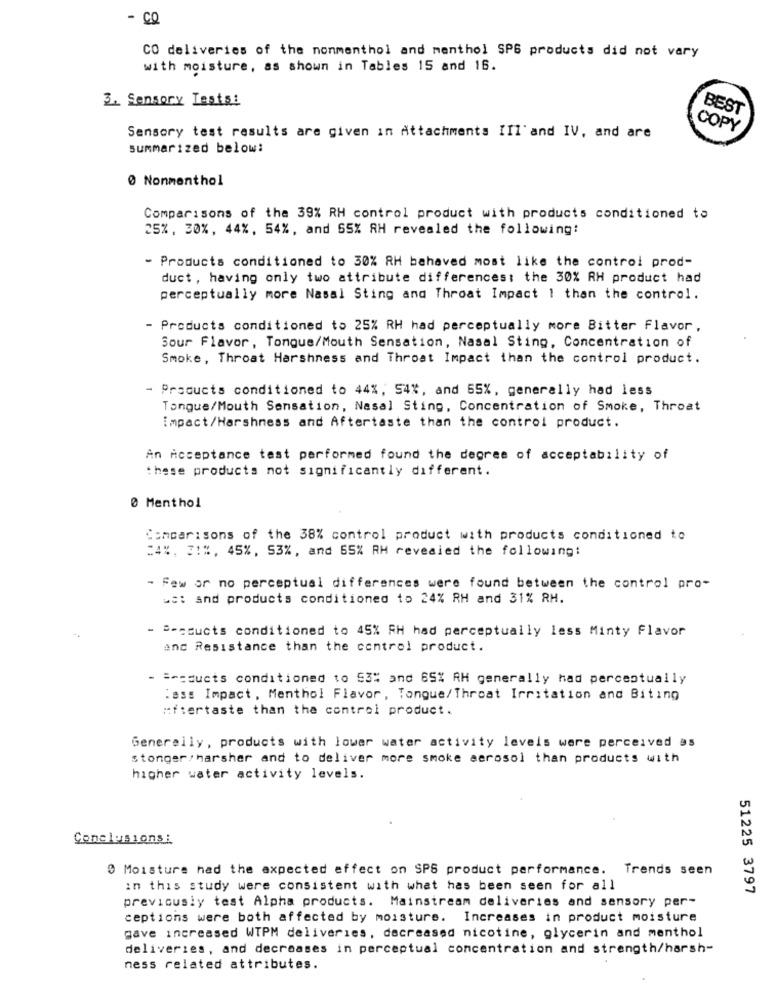
- CO
CO deliveries of the nonmenthol and menthol SP6 products did not vary
with moisture, as shown in Tables 15 and 16.
3. Sensory Tests:
BEST
COPY
Sensory test results are given in Attachments IIl' and IV, and are
summarized below:
0 Nonmenthol
Comparisons of the 39% RH control product with products conditioned to
25%, 30%, 44%, 54%, and 65% RH revealed the following:
- Products conditioned to 30% RH behaved most like the control prod-
duct, having only two attribute differences: the 30% RH product had
perceptually more Nasal Sting and Throat Impact 1 than the control.
- Products conditioned to 25% RH had perceptually more Bitter flavor ,
Sour Flavor, Tongue/Mouth Sensation, Nasal Sting, Concentration of
Smoke, Throat Harshness and Throat Impact than the control product.
- Products conditioned to 44%, 54%, and 55%, generally had less
Tongue/Mouth Sensation, Nasal Sting, Concentration of Smoke, Throat
impact/Harshness and Aftertaste than the control product.
An Acceptance test performed found the degree of acceptability of
these products not significantly different.
0 Menthol
Comparisons of the 38% control product with products conditioned to
=4%, 7:%, 45%, 53%, and 55% RH revealed the following:
- Few or no perceptual differences were found between the control pro-
uc: and products conditioned to 24% RH and 31% RH.
S-cducts conditioned to 45% RH had perceptually less Minty Flavor
and Resistance than the control product.
- === ducts conditioned to 53% and 65% RH generally had perceptually
:ass Impact, Menthol Flavor, Tongue/Throat Irritation and Biting
#fiertaste than the control product.
Generally , products with lower water activity levels were perceived as
stonger/ harsher and to deliver more smoke aerosol than products with
higher water activity levels.
Conclusions :
0 Moisture had the expected effect on SPS product performance. Trends seen
in this study were consistent with what has been seen for all
51225 3797
previously test Alpha products. Mainstream deliveries and sensory per-
ceptions were both affected by moisture. Increases in product moisture
gave increased WTPM deliveries, decreased nicotine, glycerin and menthol
deliveries, and decreases in perceptual concentration and strength/harsh-
ness related attributes.